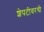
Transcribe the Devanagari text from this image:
शेपटीवरची